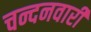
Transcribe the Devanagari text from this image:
चन्दनवारी